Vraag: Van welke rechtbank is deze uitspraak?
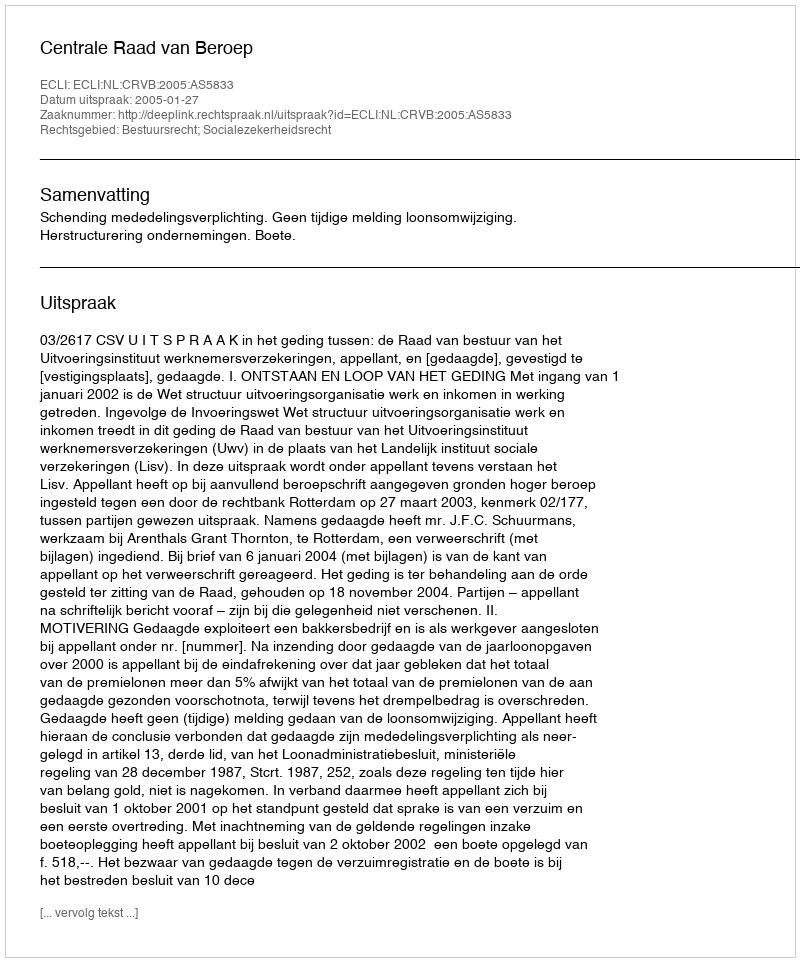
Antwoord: Centrale Raad van Beroep